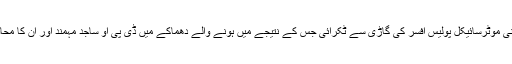
حملہ آور نے اپنی موٹرسائیکل پولیس افسر کی گاڑی سے ٹکرائی جس کے نتیجے میں ہونے والے دھماکے میں ڈی پی او ساجد مہمند اور ان کا محافظ شہید ہوگئے۔